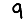
Digit: 9